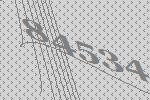
84534